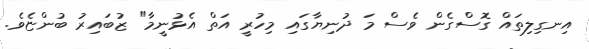
އިނގިލިތައް ގޮސްގެން ވެސް މަ ދުނިޔާގައި މިހުރީ އަތް އެޅުނީމާ" ޒުބައިރު ބުންޏެވެ.